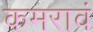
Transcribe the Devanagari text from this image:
कमरावं